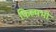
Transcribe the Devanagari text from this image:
फिल्मभी